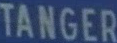
TANGER